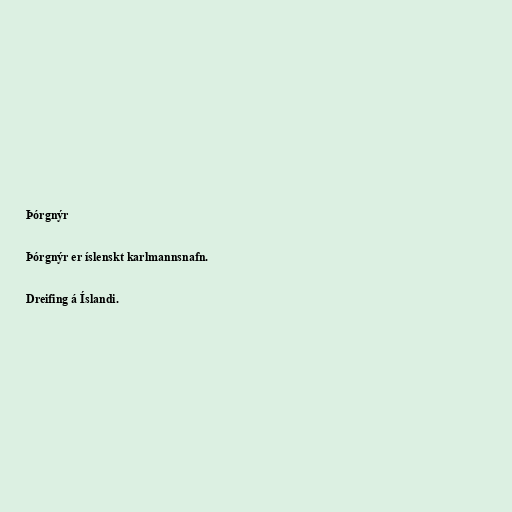
Þórgnýr

Þórgnýr er íslenskt karlmannsnafn.

Dreifing á Íslandi.